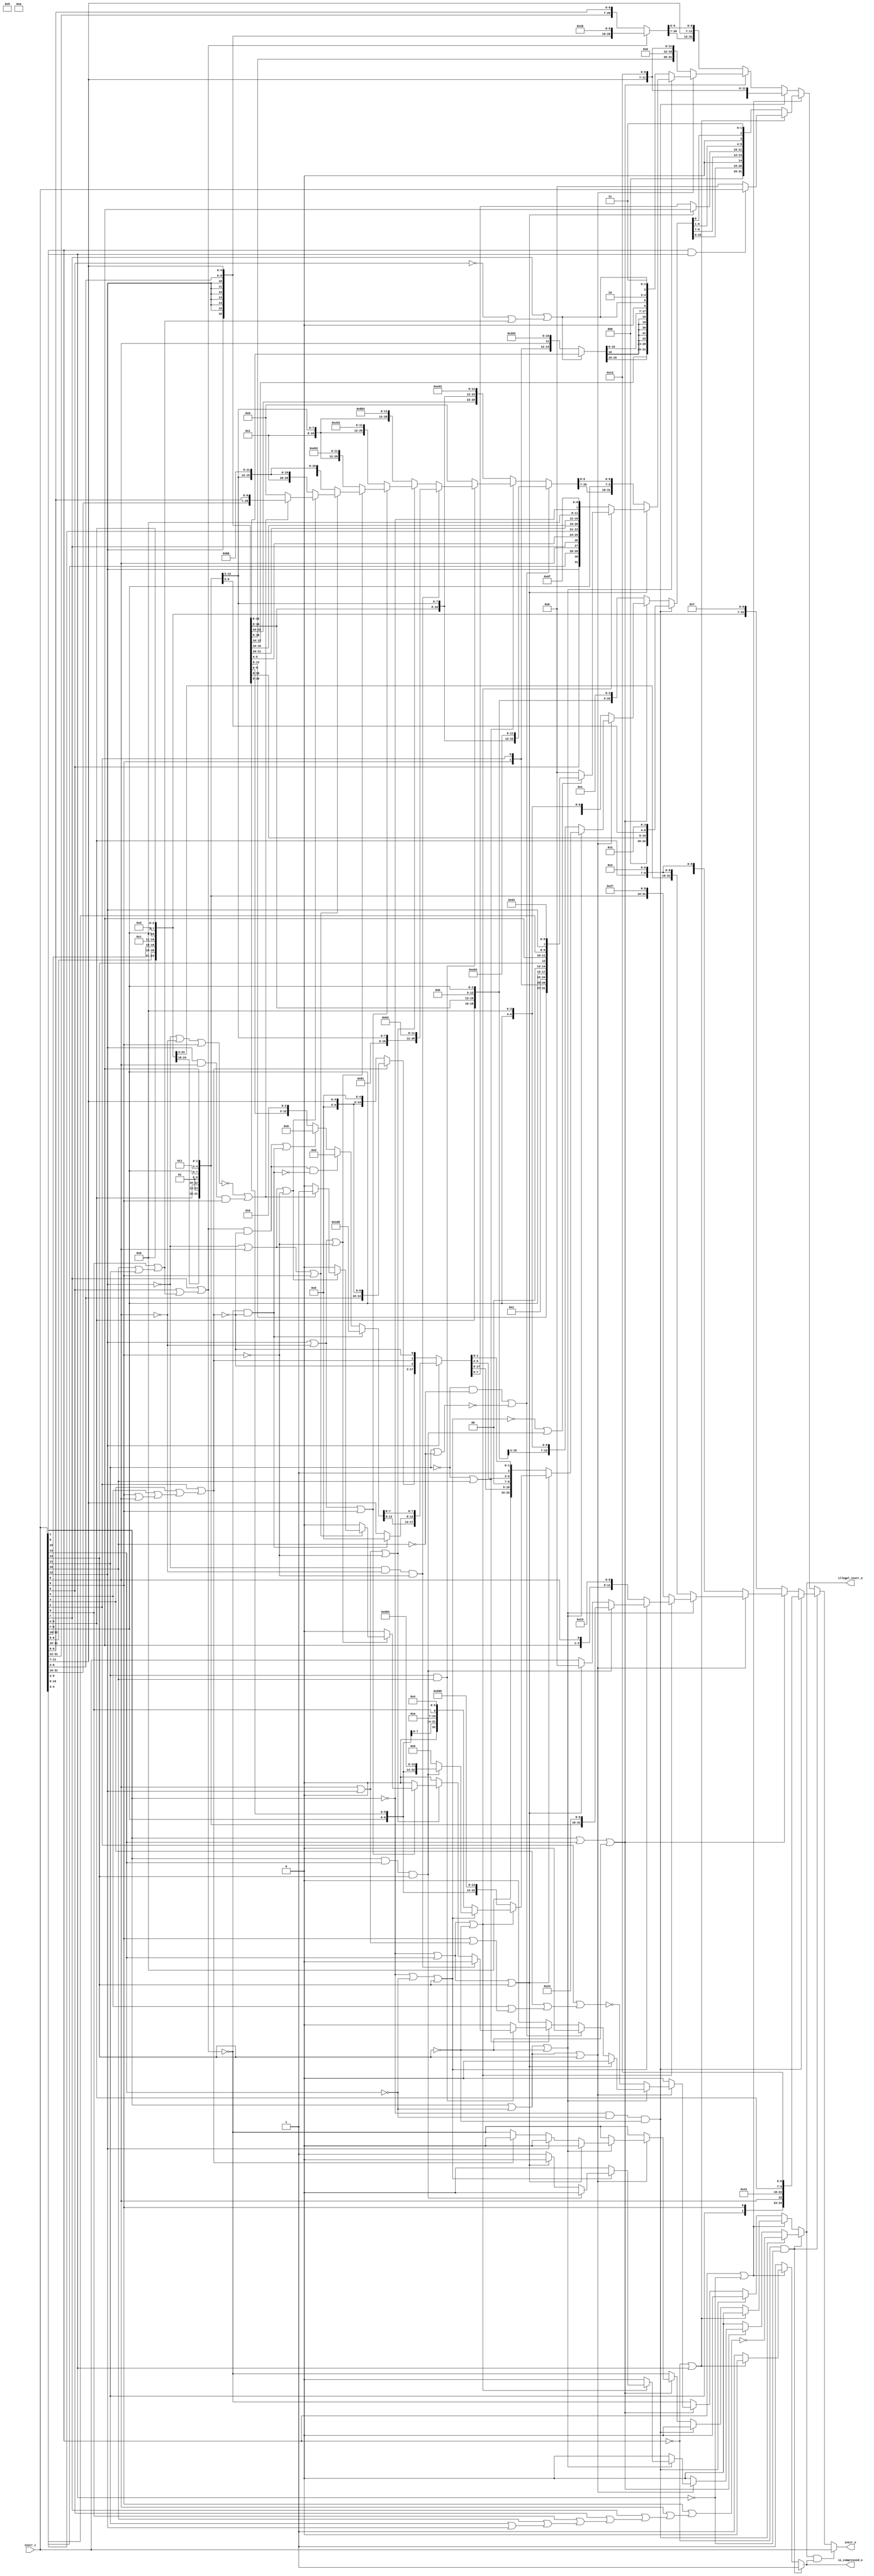
// This program was cloned from: https://github.com/NYU-MLDA/OpenABC
// License: BSD 3-Clause "New" or "Revised" License

module compressed_decoder
(
  instr_i,
  instr_o,
  illegal_instr_o,
  is_compressed_o
);

  input [31:0] instr_i;
  output [31:0] instr_o;
  output illegal_instr_o;
  output is_compressed_o;
  wire [31:0] instr_o;
  wire illegal_instr_o,is_compressed_o,N0,N1,N2,N3,N4,N5,N6,N7,N8,N9,N10,N11,N12,N13,
  N14,N15,N16,N17,N18,N19,N20,N21,N22,N23,N24,N25,N26,N27,N28,N29,N30,N31,N32,N33,
  N34,N35,N36,N37,N38,N39,N40,N41,N42,N43,N44,N45,N46,N47,N48,N49,N50,N51,N52,N53,
  N54,N55,N56,N57,N58,N59,N60,N61,N62,N63,N64,N65,N66,N67,N68,N69,N70,N71,N72,N73,
  N74,N75,N76,N77,N78,N79,N80,N81,N82,N83,N84,N85,N86,N87,N88,N89,N90,N91,N92,N93,
  N94,N95,N96,N97,N98,N99,N100,N101,N102,N103,N104,N105,N106,N107,N108,N109,N110,
  N111,N112,N113,N114,N115,N116,N117,N118,N119,N120,N121,N122,N123,N124,N125,N126,
  N127,N128,N129,N130,N131,N132,N133,N134,N135,N136,N137,N138,N139,N140,N141,N142,
  N143,N144,N145,N146,N147,N148,N149,N150,N151,N152,N153,N154,N155,N156,N157,N158,
  N159,N160,N161,N162,N163,N164,N165,N166,N167,N168,N169,N170,N171,N172,N173,N174,
  N175,N176,N177,N178,N179,N180,N181,N182,N183,N184,N185,N186,N187,N188,N189,N190,
  N191,N192,N193,N194,N195,N196,N197,N198,N199,N200,N201,N202,N203,N204,N205,N206,
  N207,N208,N209,N210,N211,N212,N213,N214,N215,N216,N217,N218,N219,N220,N221,N222,
  N223,N224,N225,N226,N227,N228,N229,N230,N231,N232,N233,N234,N235,N236,N237,N238,
  N239,N240,N241,N242,N243,N244,N245,N246,N247,N248,N249,N250,N251,N252,N253,N254,
  N255,N256,N257,N258,N259,N260,N261,N262,N263,N264,N265,N266,N267,N268,N269,N270,
  N271,N272,N273,N274,N275,N276,N277,N278,N279,N280,N281,N282,N283,N284,N285,N286,
  N287,N288,N289,N290,N291,N292,N293,N294,N295,N296,N297,N298,N299,N300,N301,N302,
  N303,N304,N305,N306,N307,N308,N309,N310,N311,N312,N313,N314,N315,N316,N317,N318,
  N319,N320,N321,N322,N323,N324,N325,N326,N327,N328,N329,N330,N331,N332,N333,N334,
  N335,N336,N337,N338,N339,N340,N341,N342,N343,N344,N345,N346,N347,N348,N349,N350,
  N351,N352,N353,N354,N355,N356,N357,N358,N359,N360,N361,N362,N363,N364,N365,N366,
  N367,N368,N369,N370,N371,N372,N373,N374,N375,N376,N377,N378,N379,N380,N381,N382,
  N383,N384,N385,N386,N387,N388,N389,N390,N391,N392,N393,N394,N395,N396,N397,N398,
  N399,N400,N401,N402,N403,N404,N405,N406,N407,N408,N409,N410,N411,N412,N413,N414,
  N415;
  assign N36 = N34 & N35;
  assign N37 = instr_i[1] | N35;
  assign N39 = N34 | instr_i[0];
  assign N41 = instr_i[1] & instr_i[0];
  assign N44 = N231 & N42;
  assign N45 = N44 & N43;
  assign N46 = instr_i[15] | instr_i[14];
  assign N47 = N46 | N43;
  assign N49 = instr_i[15] | N42;
  assign N50 = N49 | instr_i[13];
  assign N52 = N49 | N43;
  assign N54 = N231 | instr_i[14];
  assign N55 = N54 | N43;
  assign N57 = N231 | N42;
  assign N58 = N57 | instr_i[13];
  assign N60 = instr_i[15] & instr_i[14];
  assign N61 = N60 & instr_i[13];
  assign N62 = N54 | instr_i[13];
  assign N143 = N141 & N142;
  assign N144 = instr_i[11] | N142;
  assign N146 = N141 | instr_i[10];
  assign N148 = instr_i[11] & instr_i[10];
  assign N151 = N413 & N149;
  assign N152 = N151 & N150;
  assign N153 = instr_i[12] | instr_i[6];
  assign N154 = N153 | N150;
  assign N156 = instr_i[12] | N149;
  assign N157 = N156 | instr_i[5];
  assign N159 = N156 | N150;
  assign N161 = N413 | instr_i[6];
  assign N162 = N161 | instr_i[5];
  assign N164 = N161 | N150;
  assign N166 = N413 | N149;
  assign N167 = N166 | instr_i[5];
  assign N168 = instr_i[12] & instr_i[6];
  assign N169 = N168 & instr_i[5];
  assign N385 = ~instr_i[8];
  assign N386 = instr_i[10] | instr_i[11];
  assign N387 = instr_i[9] | N386;
  assign N388 = N385 | N387;
  assign N389 = instr_i[7] | N388;
  assign N390 = ~N389;
  assign N391 = instr_i[5] | instr_i[6];
  assign N392 = instr_i[4] | N391;
  assign N393 = instr_i[3] | N392;
  assign N394 = instr_i[2] | N393;
  assign N395 = ~N394;
  assign N396 = instr_i[8] | N387;
  assign N397 = instr_i[7] | N396;
  assign N398 = ~N397;
  assign N399 = instr_i[11] | instr_i[12];
  assign N400 = instr_i[10] | N399;
  assign N401 = instr_i[9] | N400;
  assign N402 = instr_i[8] | N401;
  assign N403 = instr_i[7] | N402;
  assign N404 = instr_i[6] | N403;
  assign N405 = instr_i[5] | N404;
  assign N406 = ~N405;
  assign N407 = instr_i[6] | instr_i[12];
  assign N408 = instr_i[5] | N407;
  assign N409 = instr_i[4] | N408;
  assign N410 = instr_i[3] | N409;
  assign N411 = instr_i[2] | N410;
  assign N412 = ~N411;
  assign N413 = ~instr_i[12];
  assign { N95, N94, N93, N92, N91, N90, N89, N88, N87, N86, N85, N84, N83, N82, N81, N80, N79, N78, N77, N76, N75, N74, N73, N72, N71, N70, N69, N68, N67, N66, N65, N64 } = (N0)? { 1'b0, 1'b0, instr_i[10:7], instr_i[12:11], instr_i[5:5], instr_i[6:6], 1'b0, 1'b0, 1'b0, 1'b0, 1'b0, 1'b1, 1'b0, 1'b0, 1'b0, 1'b0, 1'b0, 1'b1, instr_i[4:2], 1'b0, 1'b0, 1'b1, 1'b0, 1'b0, 1'b1, 1'b1 } : 
                                                                                                                                                                              (N1)? { 1'b0, 1'b0, 1'b0, 1'b0, instr_i[6:5], instr_i[12:10], 1'b0, 1'b0, 1'b0, 1'b0, 1'b1, instr_i[9:7], 1'b0, 1'b1, 1'b1, 1'b0, 1'b1, instr_i[4:2], 1'b0, 1'b0, 1'b0, 1'b0, 1'b1, 1'b1, 1'b1 } : 
                                                                                                                                                                              (N2)? { 1'b0, 1'b0, 1'b0, 1'b0, 1'b0, instr_i[5:5], instr_i[12:10], instr_i[6:6], 1'b0, 1'b0, 1'b0, 1'b1, instr_i[9:7], 1'b0, 1'b1, 1'b0, 1'b0, 1'b1, instr_i[4:2], 1'b0, 1'b0, 1'b0, 1'b0, 1'b0, 1'b1, 1'b1 } : 
                                                                                                                                                                              (N3)? { 1'b0, 1'b0, 1'b0, 1'b0, instr_i[6:5], instr_i[12:10], 1'b0, 1'b0, 1'b0, 1'b0, 1'b1, instr_i[9:7], 1'b0, 1'b1, 1'b1, 1'b0, 1'b1, instr_i[4:2], 1'b0, 1'b0, 1'b0, 1'b0, 1'b0, 1'b1, 1'b1 } : 
                                                                                                                                                                              (N4)? { 1'b0, 1'b0, 1'b0, 1'b0, instr_i[6:5], instr_i[12:12], 1'b0, 1'b1, instr_i[4:2], 1'b0, 1'b1, instr_i[9:7], 1'b0, 1'b1, 1'b1, instr_i[11:10], 1'b0, 1'b0, 1'b0, 1'b0, 1'b1, 1'b0, 1'b0, 1'b1, 1'b1, 1'b1 } : 
                                                                                                                                                                              (N5)? { 1'b0, 1'b0, 1'b0, 1'b0, 1'b0, instr_i[5:5], instr_i[12:12], 1'b0, 1'b1, instr_i[4:2], 1'b0, 1'b1, instr_i[9:7], 1'b0, 1'b1, 1'b0, instr_i[11:10], instr_i[6:6], 1'b0, 1'b0, 1'b0, 1'b1, 1'b0, 1'b0, 1'b0, 1'b1, 1'b1 } : 
                                                                                                                                                                              (N6)? { 1'b0, 1'b0, 1'b0, 1'b0, instr_i[6:5], instr_i[12:12], 1'b0, 1'b1, instr_i[4:2], 1'b0, 1'b1, instr_i[9:7], 1'b0, 1'b1, 1'b1, instr_i[11:10], 1'b0, 1'b0, 1'b0, 1'b0, 1'b1, 1'b0, 1'b0, 1'b0, 1'b1, 1'b1 } : 
                                                                                                                                                                              (N7)? instr_i : 1'b0;
  assign N0 = N45;
  assign N1 = N48;
  assign N2 = N51;
  assign N3 = N53;
  assign N4 = N56;
  assign N5 = N59;
  assign N6 = N61;
  assign N7 = N63;
  assign N96 = (N0)? N406 : 
               (N1)? 1'b0 : 
               (N2)? 1'b0 : 
               (N3)? 1'b0 : 
               (N4)? 1'b0 : 
               (N5)? 1'b0 : 
               (N6)? 1'b0 : 
               (N7)? 1'b1 : 1'b0;
  assign { N124, N123, N122, N121, N120, N119, N118, N117, N116, N115, N114, N113, N112, N111, N110, N109, N108, N107, N106, N105, N104, N103, N102, N101, N100, N99, N98 } = (N8)? { instr_i[12:12], instr_i[12:12], instr_i[12:12], instr_i[12:12], instr_i[12:12], instr_i[12:12], instr_i[12:12], instr_i[6:2], instr_i[11:7], 1'b0, 1'b0, 1'b0, 1'b0, 1'b0, 1'b1, 1'b1, 1'b0, 1'b1, 1'b1 } : 
                                                                                                                                                                              (N9)? { instr_i[31:12], instr_i[6:0] } : 1'b0;
  assign N8 = N397;
  assign N9 = N398;
  assign { N140, N139, N138, N137, N136, N135, N134, N133, N132, N131, N130, N129, N128, N127, N126, N125 } = (N10)? { instr_i[4:3], instr_i[5:5], instr_i[2:2], instr_i[6:6], 1'b0, 1'b1, 1'b0, 1'b0, 1'b0, 1'b0, 1'b0, 1'b0, 1'b0, 1'b1, 1'b0 } : 
                                                                                                              (N11)? { instr_i[12:12], instr_i[12:12], instr_i[12:12], instr_i[12:12], instr_i[12:12], instr_i[12:12], instr_i[6:2], instr_i[11:7] } : 1'b0;
  assign N10 = N390;
  assign N11 = N389;
  assign { N199, N198, N197, N196, N195, N194, N193, N192, N191, N190, N189, N188, N187, N186, N185, N184, N183, N182, N181, N180, N179, N178, N177, N176, N175, N174, N173, N172, N171 } = (N12)? { 1'b0, 1'b1, 1'b0, 1'b0, 1'b0, 1'b0, 1'b0, 1'b0, 1'b1, instr_i[4:2], 1'b0, 1'b1, instr_i[9:7], 1'b0, 1'b0, 1'b0, 1'b0, 1'b1, 1'b0, 1'b1, 1'b1, 1'b0, 1'b0, 1'b1, 1'b1 } : 
                                                                                                                                                                                            (N13)? { 1'b0, 1'b0, 1'b0, 1'b0, 1'b0, 1'b0, 1'b0, 1'b0, 1'b1, instr_i[4:2], 1'b0, 1'b1, instr_i[9:7], 1'b1, 1'b0, 1'b0, 1'b0, 1'b1, 1'b0, 1'b1, 1'b1, 1'b0, 1'b0, 1'b1, 1'b1 } : 
                                                                                                                                                                                            (N14)? { 1'b0, 1'b0, 1'b0, 1'b0, 1'b0, 1'b0, 1'b0, 1'b0, 1'b1, instr_i[4:2], 1'b0, 1'b1, instr_i[9:7], 1'b1, 1'b1, 1'b0, 1'b0, 1'b1, 1'b0, 1'b1, 1'b1, 1'b0, 1'b0, 1'b1, 1'b1 } : 
                                                                                                                                                                                            (N15)? { 1'b0, 1'b0, 1'b0, 1'b0, 1'b0, 1'b0, 1'b0, 1'b0, 1'b1, instr_i[4:2], 1'b0, 1'b1, instr_i[9:7], 1'b1, 1'b1, 1'b1, 1'b0, 1'b1, 1'b0, 1'b1, 1'b1, 1'b0, 1'b0, 1'b1, 1'b1 } : 
                                                                                                                                                                                            (N16)? { 1'b0, 1'b1, 1'b0, 1'b0, 1'b0, 1'b0, 1'b0, 1'b0, 1'b1, instr_i[4:2], 1'b0, 1'b1, instr_i[9:7], 1'b0, 1'b0, 1'b0, 1'b0, 1'b1, 1'b0, 1'b1, 1'b1, 1'b1, 1'b0, 1'b1, 1'b1 } : 
                                                                                                                                                                                            (N17)? { 1'b0, 1'b0, 1'b0, 1'b0, 1'b0, 1'b0, 1'b0, 1'b0, 1'b1, instr_i[4:2], 1'b0, 1'b1, instr_i[9:7], 1'b0, 1'b0, 1'b0, 1'b0, 1'b1, 1'b0, 1'b1, 1'b1, 1'b1, 1'b0, 1'b1, 1'b1 } : 
                                                                                                                                                                                            (N18)? { instr_i[31:10], instr_i[6:0] } : 1'b0;
  assign N12 = N152;
  assign N13 = N155;
  assign N14 = N158;
  assign N15 = N160;
  assign N16 = N163;
  assign N17 = N165;
  assign N18 = N170;
  assign N200 = (N12)? 1'b0 : 
                (N13)? 1'b0 : 
                (N14)? 1'b0 : 
                (N15)? 1'b0 : 
                (N16)? 1'b0 : 
                (N17)? 1'b0 : 
                (N18)? 1'b1 : 1'b0;
  assign { N229, N228, N227, N226, N225, N224, N223, N222, N221, N220, N219, N218, N217, N216, N215, N214, N213, N212, N211, N210, N209, N208, N207, N206, N205, N204, N203, N202, N201 } = (N19)? { 1'b0, instr_i[10:10], 1'b0, 1'b0, 1'b0, 1'b0, instr_i[12:12], instr_i[6:2], 1'b0, 1'b1, instr_i[9:7], 1'b1, 1'b0, 1'b1, 1'b0, 1'b1, 1'b0, 1'b0, 1'b1, 1'b0, 1'b0, 1'b1, 1'b1 } : 
                                                                                                                                                                                            (N20)? { instr_i[12:12], instr_i[12:12], instr_i[12:12], instr_i[12:12], instr_i[12:12], instr_i[12:12], instr_i[12:12], instr_i[6:2], 1'b0, 1'b1, instr_i[9:7], 1'b1, 1'b1, 1'b1, 1'b0, 1'b1, 1'b0, 1'b0, 1'b1, 1'b0, 1'b0, 1'b1, 1'b1 } : 
                                                                                                                                                                                            (N21)? { N199, N198, N197, N196, N195, N194, N193, N192, N191, N190, N189, N188, N187, N186, N185, N184, N183, N182, N181, N180, N179, N178, N177, N176, N175, N174, N173, N172, N171 } : 1'b0;
  assign N19 = N145;
  assign N20 = N147;
  assign N21 = N148;
  assign N230 = (N19)? 1'b0 : 
                (N20)? 1'b0 : 
                (N21)? N200 : 1'b0;
  assign { N263, N262, N261, N260, N259, N258, N257, N256, N255, N254, N253, N252, N251, N250, N249, N248, N247, N246, N245, N244, N243, N242, N241, N240, N239, N238, N237, N236, N235, N234, N233, N232 } = (N0)? { instr_i[12:12], instr_i[12:12], instr_i[12:12], instr_i[12:12], instr_i[12:12], instr_i[12:12], instr_i[12:12], instr_i[6:2], instr_i[11:7], 1'b0, 1'b0, 1'b0, instr_i[11:7], 1'b0, 1'b0, 1'b1, 1'b0, 1'b0, 1'b1, 1'b1 } : 
                                                                                                                                                                                                              (N1)? { N124, N123, N122, N121, N120, N119, N118, N117, N116, N115, N114, N113, N112, N111, N110, N109, N108, N107, N106, N105, instr_i[11:7], N104, N103, N102, N101, N100, N99, N98 } : 
                                                                                                                                                                                                              (N2)? { instr_i[12:12], instr_i[12:12], instr_i[12:12], instr_i[12:12], instr_i[12:12], instr_i[12:12], instr_i[12:12], instr_i[6:2], 1'b0, 1'b0, 1'b0, 1'b0, 1'b0, 1'b0, 1'b0, 1'b0, instr_i[11:7], 1'b0, 1'b0, 1'b1, 1'b0, 1'b0, 1'b1, 1'b1 } : 
                                                                                                                                                                                                              (N3)? { instr_i[12:12], instr_i[12:12], instr_i[12:12], N140, N139, N138, N137, N136, N135, N135, N135, N135, N135, N135, N135, N134, N133, N132, N131, N130, N129, N128, N127, N126, N125, 1'b0, N389, 1'b1, 1'b0, N389, 1'b1, 1'b1 } : 
                                                                                                                                                                                                              (N7)? { N229, N228, N227, N226, N225, N224, N223, N222, N221, N220, N219, N218, N217, N216, N215, N214, N213, N212, N211, N210, N209, N208, instr_i[9:7], N207, N206, N205, N204, N203, N202, N201 } : 
                                                                                                                                                                                                              (N4)? { instr_i[12:12], instr_i[8:8], instr_i[10:9], instr_i[6:6], instr_i[7:7], instr_i[2:2], instr_i[11:11], instr_i[5:3], instr_i[12:12], instr_i[12:12], instr_i[12:12], instr_i[12:12], instr_i[12:12], instr_i[12:12], instr_i[12:12], instr_i[12:12], instr_i[12:12], 1'b0, 1'b0, 1'b0, 1'b0, N231, 1'b1, 1'b1, 1'b0, 1'b1, 1'b1, 1'b1, 1'b1 } : 
                                                                                                                                                                                                              (N22)? { instr_i[12:12], instr_i[12:12], instr_i[12:12], instr_i[12:12], instr_i[6:5], instr_i[2:2], 1'b0, 1'b0, 1'b0, 1'b0, 1'b0, 1'b0, 1'b1, instr_i[9:7], 1'b0, 1'b0, instr_i[13:13], instr_i[11:10], instr_i[4:3], instr_i[12:12], 1'b1, 1'b1, 1'b0, 1'b0, 1'b0, 1'b1, 1'b1 } : 1'b0;
  assign N22 = N97;
  assign N264 = (N0)? 1'b0 : 
                (N1)? N398 : 
                (N2)? 1'b0 : 
                (N3)? N412 : 
                (N7)? N230 : 
                (N4)? 1'b0 : 
                (N22)? 1'b0 : 1'b0;
  assign { N279, N278, N277, N276, N275, N274, N273, N272, N271, N270, N269, N268, N267, N266, N265 } = (N23)? { 1'b0, 1'b0, 1'b0, 1'b0, 1'b0, instr_i[11:7], 1'b0, 1'b0, 1'b0, 1'b0, 1'b0 } : 
                                                                                                        (N24)? { instr_i[6:2], 1'b0, 1'b0, 1'b0, 1'b0, 1'b0, instr_i[11:7] } : 1'b0;
  assign N23 = N395;
  assign N24 = N394;
  assign N280 = (N23)? N398 : 
                (N24)? 1'b0 : 1'b0;
  assign { N303, N302, N301, N300, N299, N292, N291, N290, N289, N288, N287, N286, N285 } = (N25)? { 1'b0, 1'b0, 1'b0, 1'b0, 1'b1, 1'b0, 1'b0, 1'b0, 1'b0, 1'b0, 1'b1, 1'b1, 1'b0 } : 
                                                                                            (N384)? { 1'b0, 1'b0, 1'b0, 1'b0, 1'b0, 1'b0, 1'b0, 1'b0, 1'b0, 1'b1, 1'b1, 1'b0, 1'b1 } : 
                                                                                            (N284)? { instr_i[6:2], instr_i[11:7], 1'b0, 1'b1, 1'b0 } : 1'b0;
  assign N25 = N281;
  assign { N298, N297, N296, N295, N294 } = (N25)? { 1'b0, 1'b0, 1'b0, 1'b0, 1'b0 } : 
                                            (N293)? instr_i[11:7] : 
                                            (N26)? instr_i[11:7] : 1'b0;
  assign N26 = 1'b0;
  assign { N321, N320, N319, N318, N317, N316, N315, N314, N313, N312, N311, N310, N309, N308, N307, N306, N305, N304 } = (N27)? { N279, N278, N277, N276, N275, N274, N273, N272, N271, N270, N269, N268, N267, N266, N265, N395, N394, N395 } : 
                                                                                                                          (N28)? { N303, N302, N301, N300, N299, N298, N297, N296, N295, N294, N292, N291, N290, N289, N288, N287, N286, N285 } : 1'b0;
  assign N27 = N413;
  assign N28 = instr_i[12];
  assign N322 = (N27)? N280 : 
                (N28)? 1'b0 : 1'b0;
  assign { N348, N347, N346, N345, N344, N343, N342, N341, N340, N339, N338, N337, N336, N335, N334, N333, N329, N328, N327, N326, N325, N324, N323 } = (N0)? { 1'b0, 1'b0, 1'b0, instr_i[12:12], instr_i[6:2], instr_i[11:7], 1'b0, 1'b1, instr_i[9:7], 1'b0, 1'b0, 1'b1, 1'b0 } : 
                                                                                                                                                        (N1)? { instr_i[4:2], instr_i[12:12], instr_i[6:5], 1'b0, 1'b0, 1'b0, 1'b0, 1'b0, 1'b0, 1'b1, 1'b0, 1'b1, 1'b1, instr_i[9:7], 1'b0, 1'b0, 1'b0, 1'b1 } : 
                                                                                                                                                        (N2)? { 1'b0, instr_i[3:2], instr_i[12:12], instr_i[6:4], 1'b0, 1'b0, 1'b0, 1'b0, 1'b0, 1'b1, 1'b0, 1'b1, 1'b0, instr_i[9:7], 1'b0, 1'b0, 1'b0, 1'b0 } : 
                                                                                                                                                        (N3)? { instr_i[4:2], instr_i[12:12], instr_i[6:5], 1'b0, 1'b0, 1'b0, 1'b0, 1'b0, 1'b0, 1'b1, 1'b0, 1'b1, 1'b1, instr_i[9:7], 1'b0, 1'b0, 1'b0, 1'b0 } : 
                                                                                                                                                        (N7)? { 1'b0, 1'b0, 1'b0, 1'b0, N321, N320, N319, N318, N317, N316, N315, N314, N313, N312, 1'b0, 1'b0, N309, N308, N307, N306, 1'b1, N305, N304 } : 
                                                                                                                                                        (N4)? { instr_i[9:7], instr_i[12:12], instr_i[6:2], 1'b0, 1'b0, 1'b0, 1'b1, 1'b0, 1'b1, 1'b1, 1'b0, 1'b0, 1'b0, 1'b0, 1'b1, 1'b0, 1'b1 } : 
                                                                                                                                                        (N5)? { 1'b0, instr_i[8:7], instr_i[12:12], instr_i[6:2], 1'b0, 1'b0, 1'b0, 1'b1, 1'b0, 1'b1, 1'b0, instr_i[9:9], 1'b0, 1'b0, 1'b0, 1'b1, 1'b0, 1'b0 } : 
                                                                                                                                                        (N6)? { instr_i[9:7], instr_i[12:12], instr_i[6:2], 1'b0, 1'b0, 1'b0, 1'b1, 1'b0, 1'b1, 1'b1, 1'b0, 1'b0, 1'b0, 1'b0, 1'b1, 1'b0, 1'b0 } : 1'b0;
  assign { N332, N331 } = (N7)? { N311, N310 } : 
                          (N330)? instr_i[11:10] : 1'b0;
  assign N349 = (N0)? 1'b0 : 
                (N1)? N398 : 
                (N2)? N398 : 
                (N3)? N398 : 
                (N7)? N322 : 
                (N4)? 1'b0 : 
                (N5)? 1'b0 : 
                (N6)? 1'b0 : 1'b0;
  assign { N381, N380, N379, N378, N377, N376, N375, N374, N373, N372, N371, N370, N369, N368, N367, N366, N365, N364, N363, N362, N361, N360, N359, N358, N357, N356, N355, N354, N353, N352, N351, N350 } = (N29)? { N95, N94, N93, N92, N91, N90, N89, N88, N87, N86, N85, N84, N83, N82, N81, N80, N79, N78, N77, N76, N75, N74, N73, N72, N71, N70, N69, N68, N67, N66, N65, N64 } : 
                                                                                                                                                                                                              (N30)? { N263, N262, N261, N260, N259, N258, N257, N256, N255, N254, N253, N252, N251, N250, N249, N248, N247, N246, N245, N244, N243, N242, N241, N240, N239, N238, N237, N236, N235, N234, N233, N232 } : 
                                                                                                                                                                                                              (N31)? { 1'b0, 1'b0, 1'b0, N348, N347, N346, N345, N344, N343, N342, N341, N340, N339, N338, N337, N336, N335, 1'b0, N334, N333, N332, N331, N329, N328, N327, N326, N325, N324, 1'b0, N323, 1'b1, 1'b1 } : 
                                                                                                                                                                                                              (N32)? instr_i : 1'b0;
  assign N29 = N36;
  assign N30 = N38;
  assign N31 = N40;
  assign N32 = N41;
  assign illegal_instr_o = (N29)? N96 : 
                           (N30)? N264 : 
                           (N31)? N349 : 
                           (N32)? 1'b0 : 1'b0;
  assign is_compressed_o = (N29)? 1'b1 : 
                           (N30)? 1'b1 : 
                           (N31)? 1'b1 : 
                           (N32)? 1'b0 : 1'b0;
  assign instr_o = (N33)? instr_i : 
                   (N383)? { N381, N380, N379, N378, N377, N376, N375, N374, N373, N372, N371, N370, N369, N368, N367, N366, N365, N364, N363, N362, N361, N360, N359, N358, N357, N356, N355, N354, N353, N352, N351, N350 } : 1'b0;
  assign N33 = N382;
  assign N34 = ~instr_i[1];
  assign N35 = ~instr_i[0];
  assign N38 = ~N37;
  assign N40 = ~N39;
  assign N42 = ~instr_i[14];
  assign N43 = ~instr_i[13];
  assign N48 = ~N47;
  assign N51 = ~N50;
  assign N53 = ~N52;
  assign N56 = ~N55;
  assign N59 = ~N58;
  assign N63 = ~N62;
  assign N97 = N59 | N61;
  assign N141 = ~instr_i[11];
  assign N142 = ~instr_i[10];
  assign N145 = N143 | N414;
  assign N414 = ~N144;
  assign N147 = ~N146;
  assign N149 = ~instr_i[6];
  assign N150 = ~instr_i[5];
  assign N155 = ~N154;
  assign N158 = ~N157;
  assign N160 = ~N159;
  assign N163 = ~N162;
  assign N165 = ~N164;
  assign N170 = N415 | N169;
  assign N415 = ~N167;
  assign N231 = ~instr_i[15];
  assign N281 = N398 & N395;
  assign N282 = N397 & N395;
  assign N283 = N282 | N281;
  assign N284 = ~N283;
  assign N293 = ~N281;
  assign N330 = N62;
  assign N382 = illegal_instr_o & is_compressed_o;
  assign N383 = ~N382;
  assign N384 = N282 & N293;

endmodule